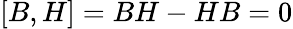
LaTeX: [B,H]=BH-HB=0